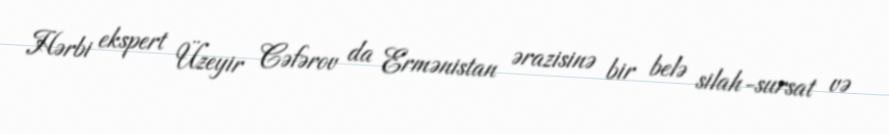
Hərbi ekspert Üzeyir Cəfərov da Ermənistan ərazisinə bir belə silah-sursat və